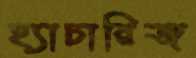
হ্যাচারিজ